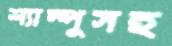
শ্যাম্পুসহ